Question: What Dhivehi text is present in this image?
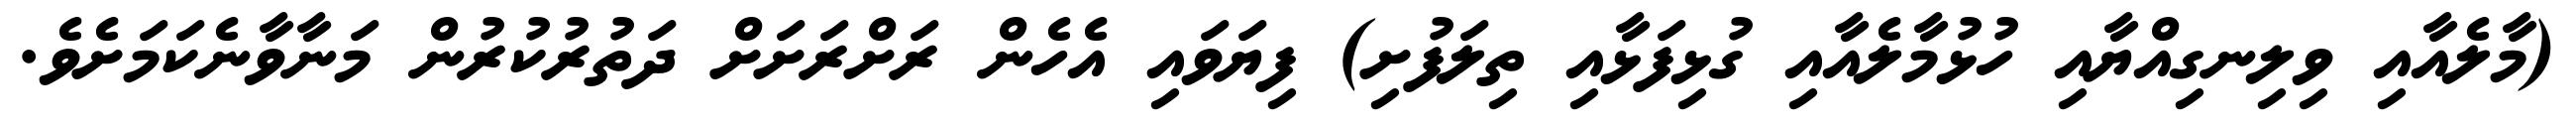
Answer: (މާލެއާއި ވިލިނގިއްޔާއި ހުޅުމާލެއާއި ގުޅިފަޅާއި ތިލަފުށި) ފިޔަވައި އެހެން ރަށްރަށަށް ދަތުރުކުރުން މަނާވާނެކަމަށެވެ.